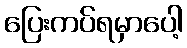
ပြေးကပ်ရမှာပေါ့